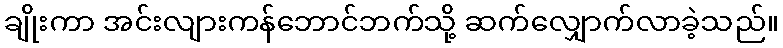
ချိုးကာ အင်းလျားကန်ဘောင်ဘက်သို့ ဆက်လျှောက်လာခဲ့သည်။